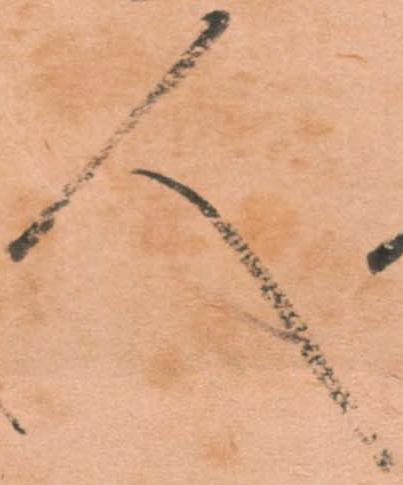
人